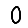
Digit: 0